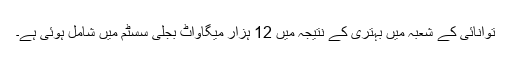
توانائی کے شعبہ میں بہتری کے نتیجہ میں 12 ہزار میگاواٹ بجلی سسٹم میں شامل ہوئی ہے۔